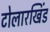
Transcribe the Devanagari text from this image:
टोलारखिंड